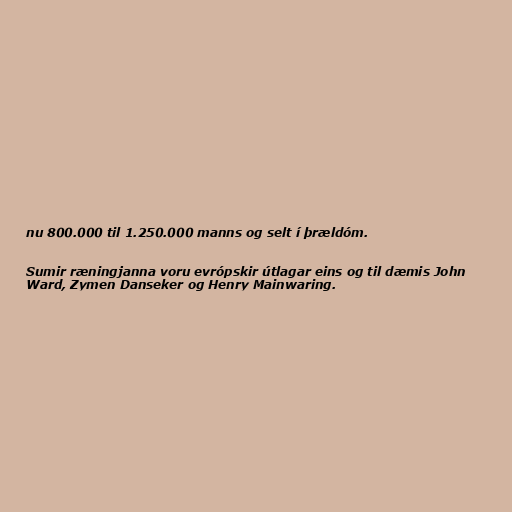
nu 800.000 til 1.250.000 manns og selt í þrældóm.

Sumir ræningjanna voru evrópskir útlagar eins og til dæmis John
Ward, Zymen Danseker og Henry Mainwaring.